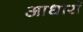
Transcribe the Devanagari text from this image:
आधारॉ